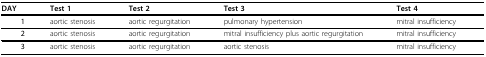
<table><thead><tr><td><b>DAY</b></td><td><b>Test 1</b></td><td><b>Test 2</b></td><td><b>Test 3</b></td><td><b>Test 4</b></td></tr></thead><tbody><tr><td><b>1</b></td><td>aortic stenosis</td><td>aortic regurgitation</td><td>pulmonary hypertension</td><td>mitral insufficiency</td></tr><tr><td><b>2</b></td><td>aortic stenosis</td><td>aortic regurgitation</td><td>mitral insufficiency plus aortic regurgitation</td><td>mitral insufficiency</td></tr><tr><td><b>3</b></td><td>aortic stenosis</td><td>aortic regurgitation</td><td>aortic stenosis</td><td>mitral insufficiency</td></tr></tbody></table>